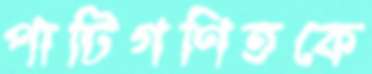
পাটিগণিতকে